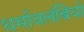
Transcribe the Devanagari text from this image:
धर्मावलंबियो